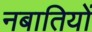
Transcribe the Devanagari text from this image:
नबातियों